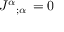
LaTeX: J ^ { \alpha } { } _ { ; \alpha } \, = 0